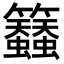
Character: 𮇀